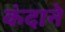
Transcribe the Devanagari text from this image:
कंदाने